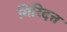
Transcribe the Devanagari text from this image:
गिरिदत्त